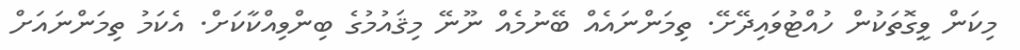
މިކަން ވީގޮތަކުން ހުއްޓުވައިދޭށޭ. ތިމަންނައެއް ބޭނުމެއް ނޫނޭ މިޤައުމުގެ ބިންވިއްކާކަށް. އެކަމު ތިމަންނައަށް